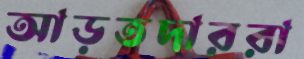
আড়তদাররা